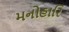
મનોહારિ